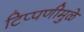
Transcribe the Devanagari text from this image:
टिप्पणीमुळे